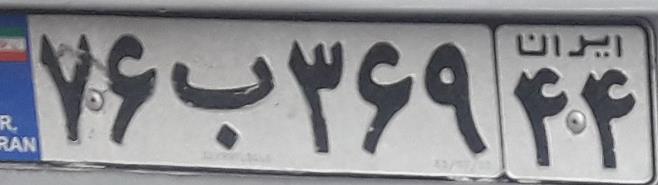
۷۶ب۳۶۹۴۴